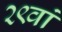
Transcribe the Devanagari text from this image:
२९वां